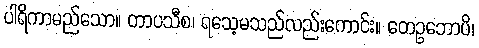
ပါရိကာမည်သော။ တာပသီစ၊ ရသေ့မသည်လည်းကောင်း။ တေဥဘောပိ၊